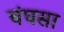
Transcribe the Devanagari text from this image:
चंघसा